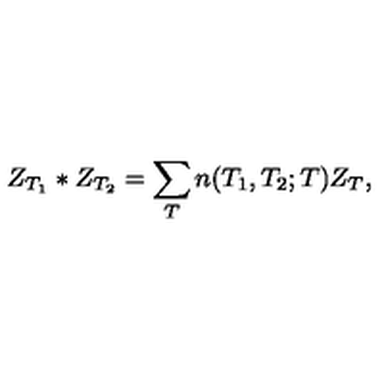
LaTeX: Z _ { T _ { 1 } } * Z _ { T _ { 2 } } = \sum _ { T } n ( T _ { 1 } , T _ { 2 } ; T ) Z _ { T } ,